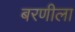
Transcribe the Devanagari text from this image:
बरणीला